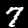
Label: 7